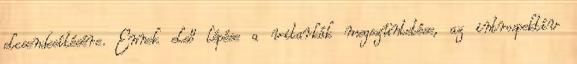
elcsendesítésére. Ennek első lépése a vitarkák megszüntetése, az introspektív